Madras plague regulations in force outside the Presidency town - Volume 1
Disease focus: Plague
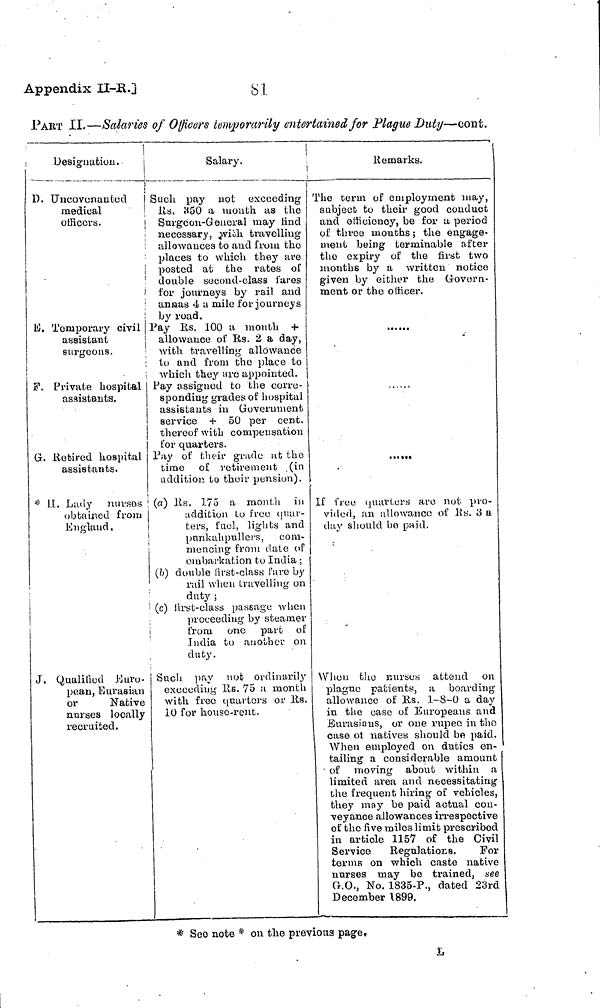
Appendix II-K.j
81
PART II.—Salaries of Of/iuers temporarily entertained for Plague Duty—eont.
Designation.
Ü. Uucovenanted
medical
officer.
E. Temporary civil
assistant
surgeons.
F. Private hospital
assistants.
G. Retired hospital
assistants.
II.
Lady nurses
obtained from
England,
J , Qualified Euro-
pean, Eurasian
or
Native
nurses locally
recruited.
Salary.
Such pay not exceeding
Rs. 350 a mouth as the
Surgeon-General may find
necessary, vioh travelling
allowances to and from the
places to which they are
posted at the rates of
' double second-class fares
for journeys by rail and
; anuas 4 a mile for journeys
by road.
Pay lis. 100 a month +
allowance of Rs. 2 a day,
; with travelling allowance
to and from the place to
i which they are appointed.
Pay assigned to the corre-
sponding grades of hospital
assistants in Government
service + 50 per cent,
thereof with compensation
for quarters.
Pay of their grade at the
time of retirement (in
addition to their pension).
(a) Rs. 175 a month in
addition to free quar-
ters, fuel, lights and
pankahpullcrs, com-
mencing from date of
embarkation to India ;
(b) double lirst-class fare by
rail when travelling on
duty ;
(c) first-class passage when
proceeding by steamer
from one part of
India to another on
duty.
Such pay not ordinarily
exceeding Rs. 75 a month
with free quarters or Us.
10 for house-rent.
Remarks.
'
The term of employment may,
subject to their good conduct
and efficiency, be for a period
of three mouths ; the engage-
ment being terminable after
the expiry of the first two
months by a written notice
given by either the Govern-
ment or the officer.
If free quarters arc not pro-
vided, an allowance of Rs. 3 a
day should bo paid,
When the nurses attend on
plague patients, a boarding
allowance of Rs. 1-8-0 a day
in the case of Europeans and
Eurasians, or one rupee in tho
case of natives should be paid.
When employed on duties en-
tailing a considerable amount
of moving about within a
limited area and necessitating
the frequent hiring of vehicles,
they may be paid actual con-
veyance allowances irrespective
of the five miles limit prescribed
in article 1157 of the Civil
Service
Regulations.
Foi
terms on which caste native
unrses may be trained, see
G.O., No. 1835-P., dated 23rd
December 1899.
* Seo note * on the previous page,